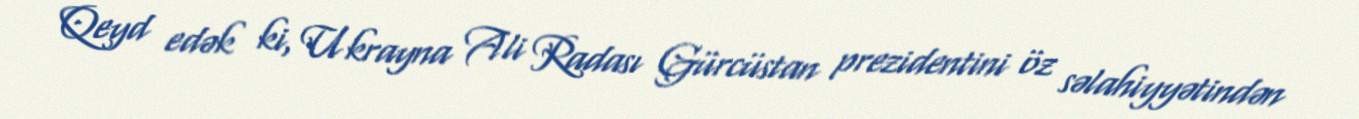
Qeyd edək ki, Ukrayna Ali Radası Gürcüstan prezidentini öz səlahiyyətindən